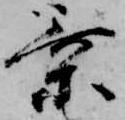
乗